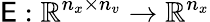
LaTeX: \mathsf{E}:\mathbb{R}^{n_{x}\times n_{v}}\to\mathbb{R}^{n_{x}}